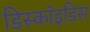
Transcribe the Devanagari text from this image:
डिस्कॉइडिस